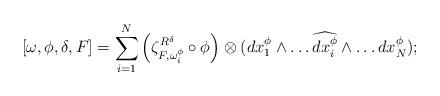
LaTeX: \begin{align*}[\omega,\phi,\delta,F]=\sum_{i=1}^{N}\left(\zeta_{F,\omega_{i}^{\phi}}^{R^{\delta}}\circ\phi\right)\otimes(dx_{1}^{\phi}\wedge\dots\widehat{dx_{i}^{\phi}}\wedge\dots dx_{N}^{\phi});\end{align*}